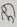
Text: 39